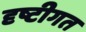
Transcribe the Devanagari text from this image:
दृष्टीगत